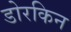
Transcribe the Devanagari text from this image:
डोरकिन